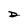
Character: D